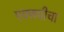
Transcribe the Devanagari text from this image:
एक्सपीचा